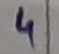
Text: 4